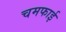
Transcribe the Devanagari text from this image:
चमफाई